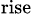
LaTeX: _\mathrm{rise}